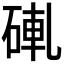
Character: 𬒒